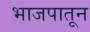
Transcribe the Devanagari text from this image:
भाजपातून